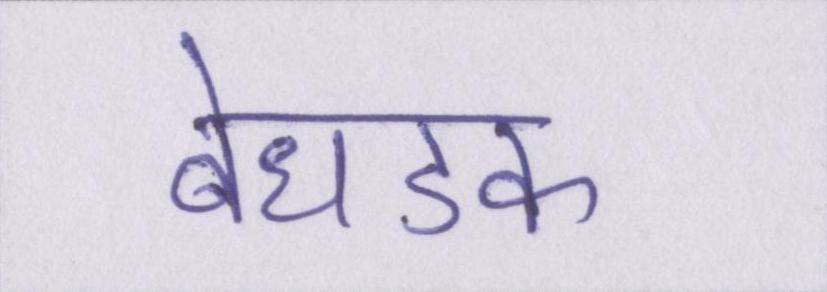
बेधडक